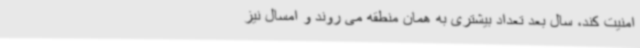
امنیت کند، سال بعد تعداد بیشتری به همان منطقه می روند و امسال نیز